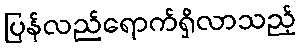
ပြန်လည်ရောက်ရှိလာသည့်